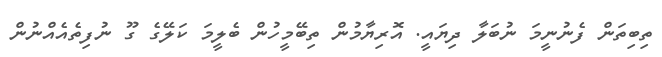
ތިބިތަން ފެނުނީމަ ނުބަލާ ދިޔައީ. އޮރިޔާމުން ތިބޭމީހުން ބެލީމަ ކަލޭގެ ގޫ ނުފިތެއެއްނުން